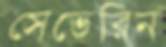
সেভেরিন